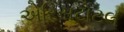
એરિસટોટલ